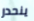
ينحدر